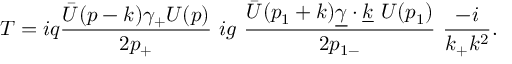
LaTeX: T = i q { \frac { { \bar { U } } ( p - k ) \gamma _ { + } U ( p ) } { 2 p _ { + } } } \ i g \ { \frac { { \bar { U } } ( p _ { 1 } + k ) { \underline { { \gamma } } } \cdot { \underline { { k } } } \ U ( p _ { 1 } ) } { 2 p _ { 1 - } } } \ { \frac { - i } { k _ { + } k ^ { 2 } } } .